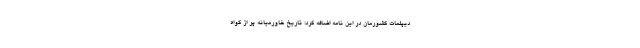
دیپلمات کشورمان در این نامه اضافه کرد: تاریخ خاورمیانه پر از گواه